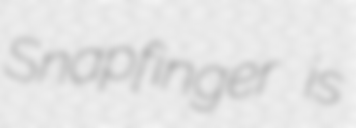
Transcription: Snapfinger is